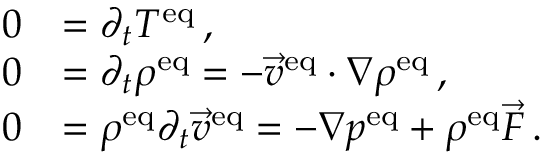
\begin{array} { r l } { 0 } & { = \partial _ { t } T ^ { \mathrm { e q } } \, , } \\ { 0 } & { = \partial _ { t } \rho ^ { \mathrm { e q } } = - \vec { v } ^ { \mathrm { e q } } \cdot \nabla \rho ^ { \mathrm { e q } } \, , } \\ { 0 } & { = \rho ^ { \mathrm { e q } } \partial _ { t } \vec { v } ^ { \mathrm { e q } } = - \nabla p ^ { \mathrm { e q } } + \rho ^ { \mathrm { e q } } \vec { F } \, . } \end{array}